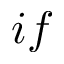
i f